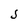
Character: S